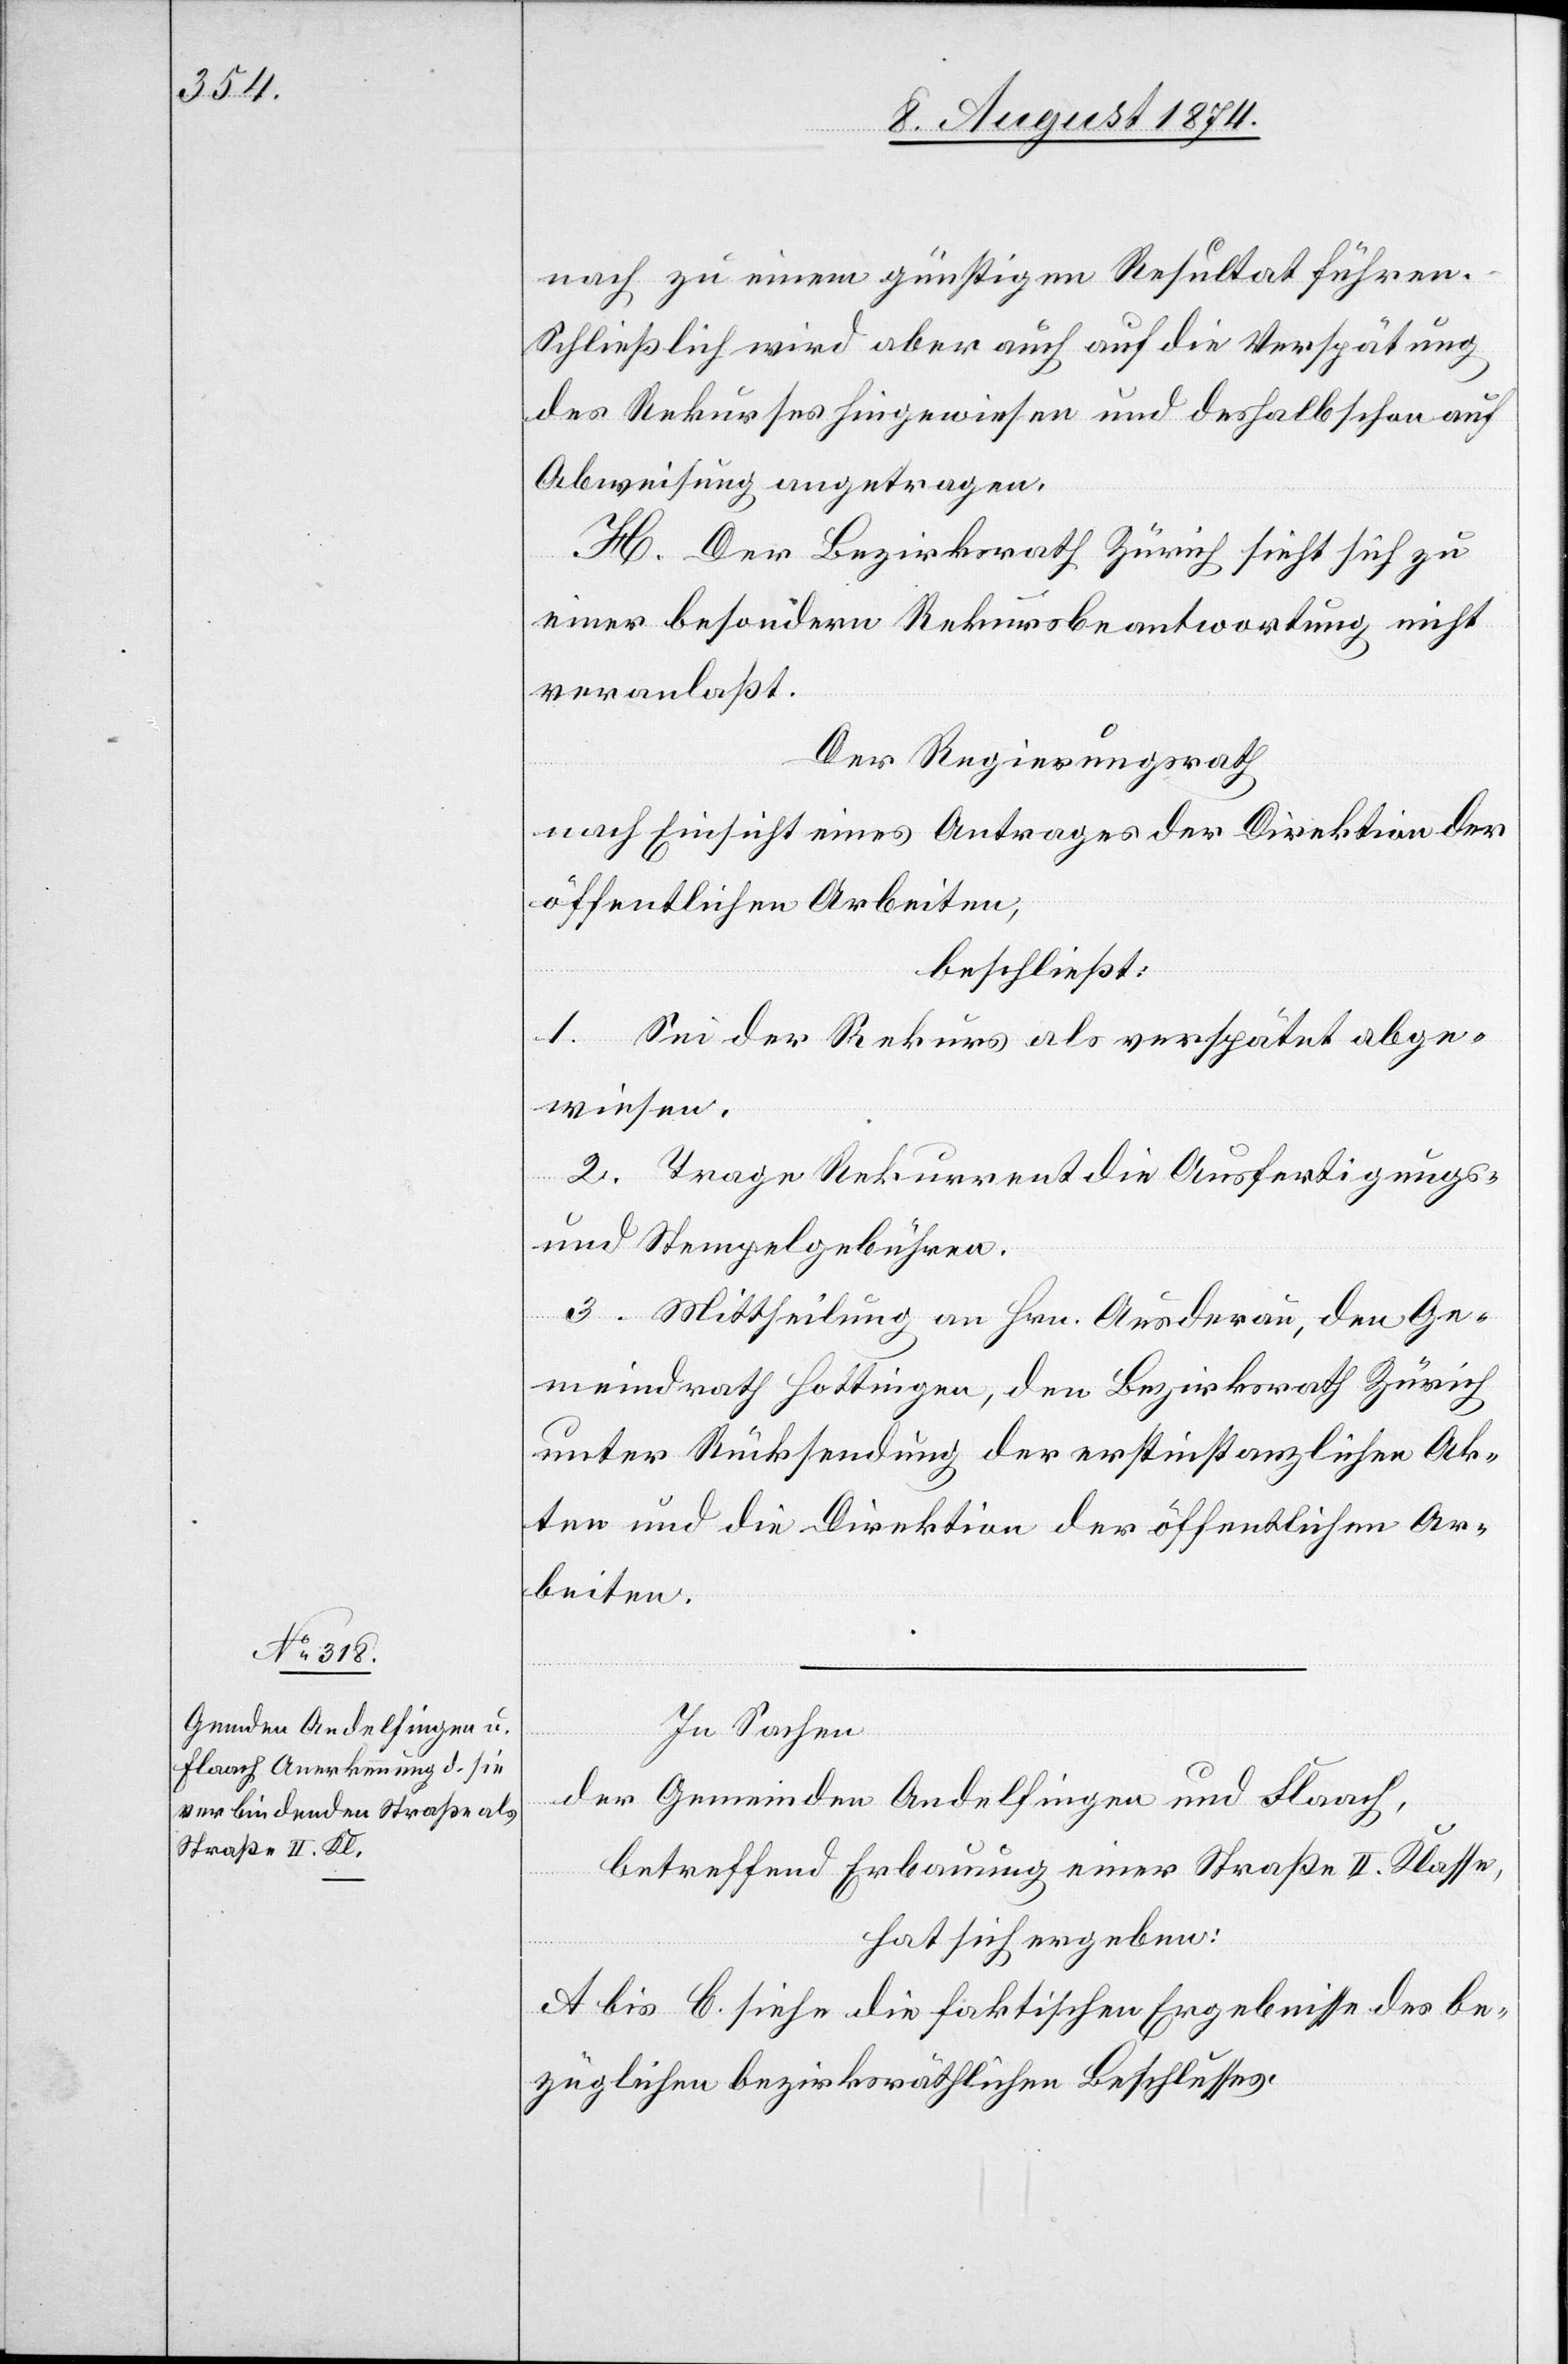
nach zu einem günstigen Resultat führen.
Schließlich wird aber auch auf die Verspätung
des Rekurses hingewiesen und deshalb schon auf
Abweisung angetragen.
H. Der Bezirksrath Zürich sieht sich zu
einer besondern Rekursbeantwortung nicht
veranlaßt.
Der Regierungsrath
nach Einsicht eines Antrages der Direktion der
öffentlichen Arbeiten,
beschließt:
1. Sei der Rekurs als verspätet abge¬
wiesen.
2. Trage Rekurrent die Ausfertigungs-
und Stempelgebühren.
3. Mittheilung an Hrn. Ausderau, den Ge¬
meindrath Hottingen, den Bezirksrath Zürich
unter Rücksendung der erstinstanzlichen Ak¬
ten und die Direktion der öffentlichen Ar¬
beiten.
In Sachen
der Gemeinden Andelfingen und Flaach,
betreffend Erbauung einer Straße II. Klasse,
hat sich ergeben:
A. bis C. siehe die faktischen Ergebnisse des be¬
züglichen bezirksräthlichen Beschlusses.